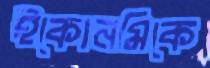
ইকোনমিকে